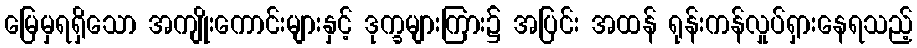
မြေမှရရှိသော အကျိုးကောင်းများနှင့် ဒုက္ခများကြား၌ အပြင်း အထန် ရုန်းကန်လှုပ်ရှားနေရသည့်